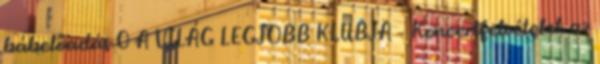
bábelőadás 0 A VILÁG LEGJOBB KLUBJA – Koncertfelvételek az